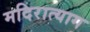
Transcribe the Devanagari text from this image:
मदिरात्याग